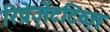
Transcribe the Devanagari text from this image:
रिप्रेज़ेंटटिव्ज़